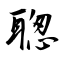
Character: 聦